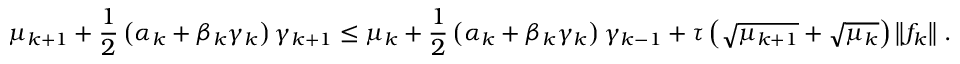
{ \mu } _ { k + 1 } + \frac { 1 } { 2 } \left( { \alpha } _ { k } + { \beta } _ { k } { \gamma } _ { k } \right) { \gamma } _ { k + 1 } \leq { \mu } _ { k } + \frac { 1 } { 2 } \left( { \alpha } _ { k } + { \beta } _ { k } { \gamma } _ { k } \right) { \gamma } _ { k - 1 } + { \tau } \left( \sqrt { { \mu } _ { k + 1 } } + \sqrt { { \mu } _ { k } } \right) \left\| { f } _ { k } \right\| \, .